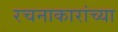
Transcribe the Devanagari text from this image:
रचनाकारांच्या